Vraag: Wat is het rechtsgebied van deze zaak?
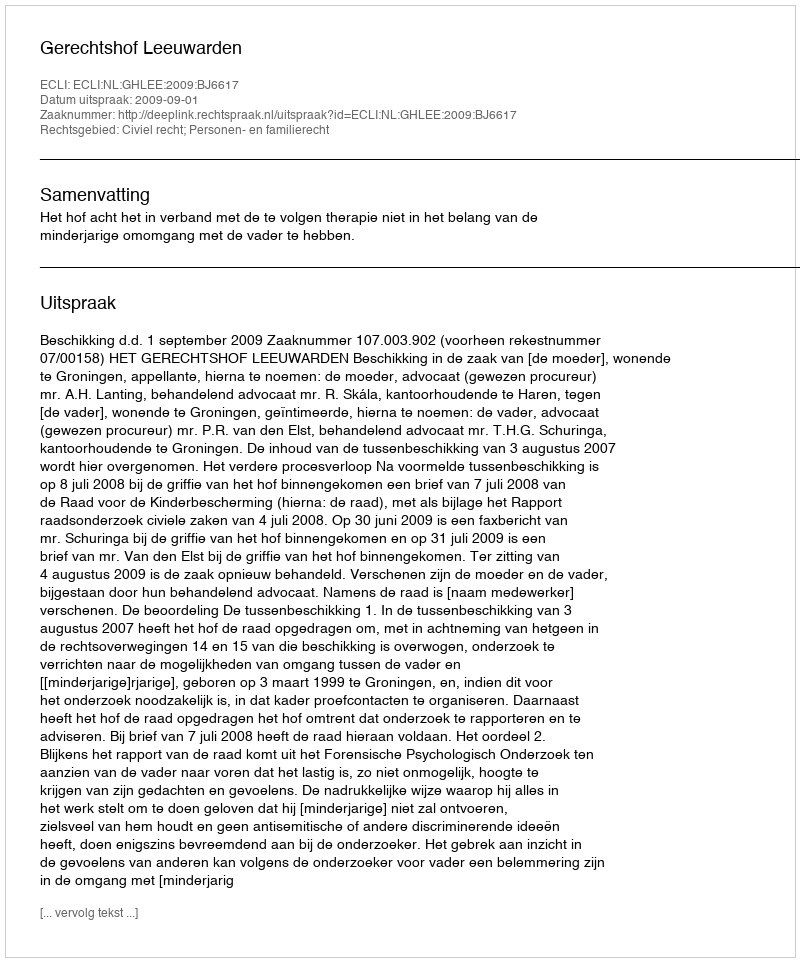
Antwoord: Civiel recht; Personen- en familierecht